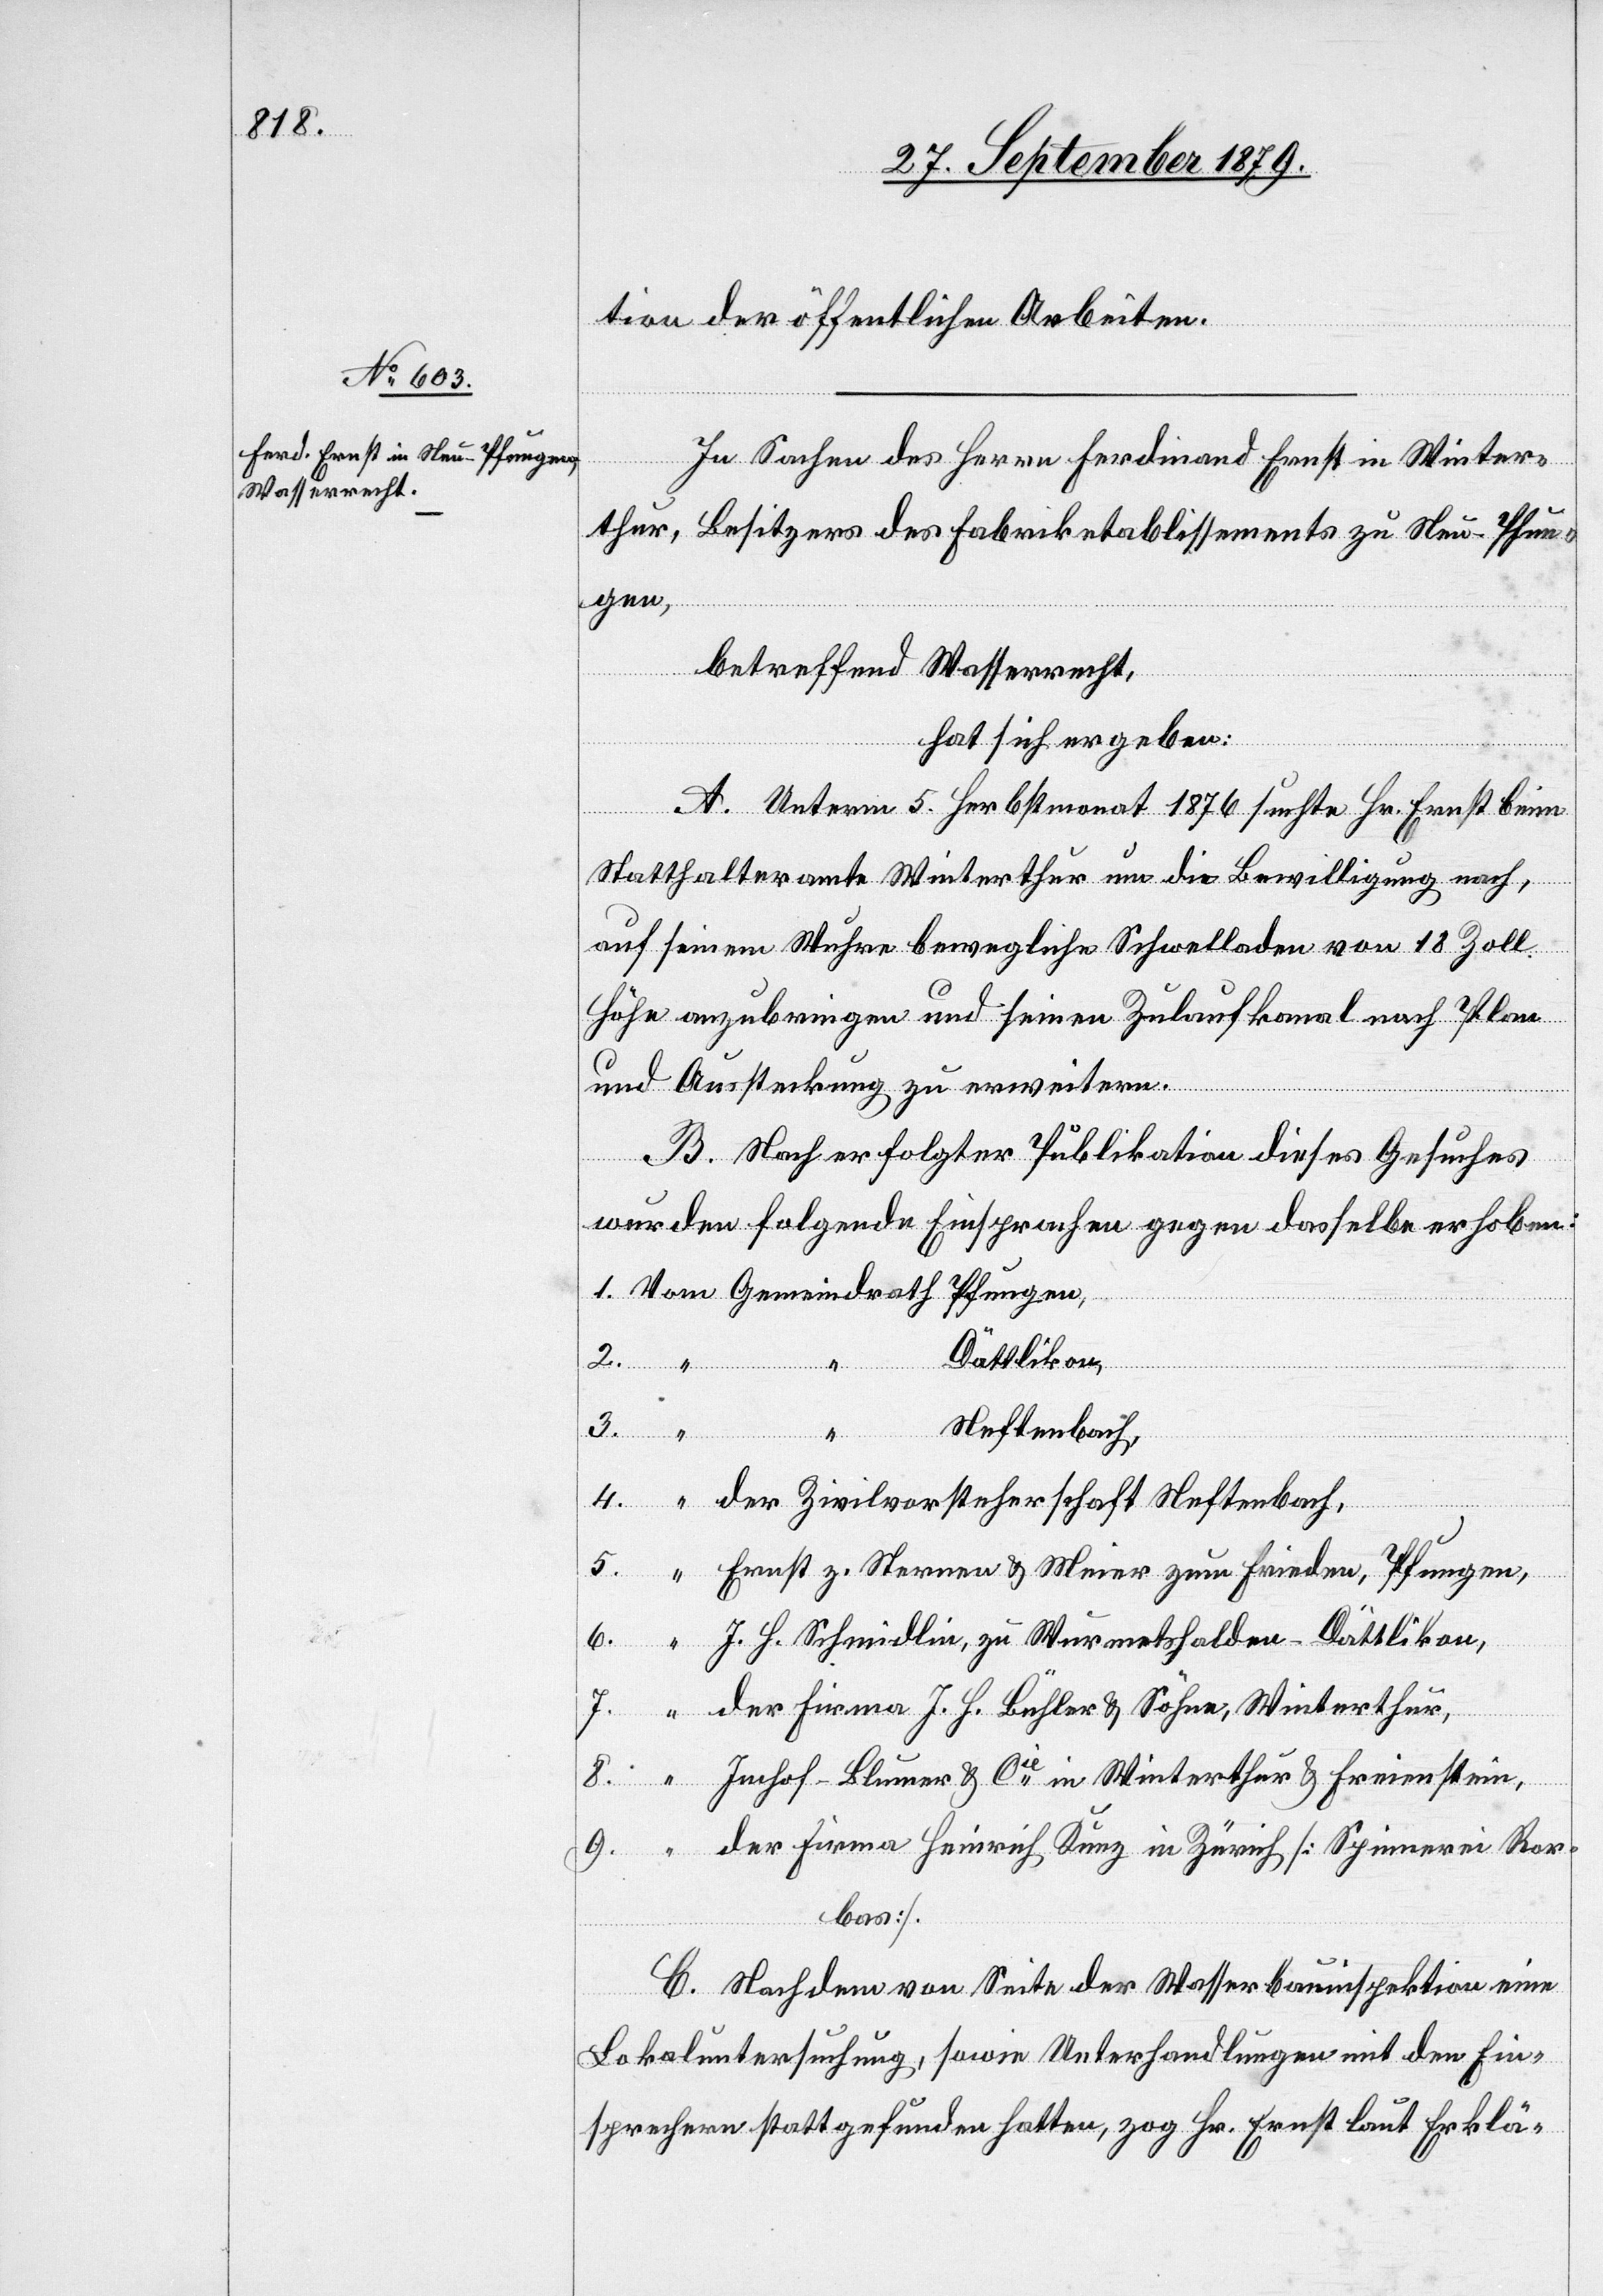
tion der öffentlichen Arbeiten.
In Sachen des Herrn Ferdinand Ernst in Winter¬
thur, Besitzer des Fabriketablissements zu Neu-Pfun¬
gen,
betreffend Wasserrecht,
hat sich ergeben:
A. Unterm 5. Herbstmonat 1876 suchte Hr. Ernst beim
Statthalteramt Winterthur um die Bewilligung nach,
auf seinem Wuhre bewegliche Schwelladen von 18 Zoll
Höhe anzubringen und seinen Zulaufkanal nach Plan
3.
und Aussteckung zu erweitern.
B. Nach erfolgter Publikation dieses Gesuches
wurden folgende Einsprachen gegen dasselbe erhoben:
1. Vom Gemeindrath Pfungen,
Dättlikon,
“ Neftenbach,
4. “ der Zivilvorsteherschaft Neftenbach,
5. “ Ernst z. Sternen & Meier zum Frieden, Pfungen,
6. “ J. H. Schmidlin, zu Wurmetshalden - Dättlikon,
7. “ der Firma J. H. Bühler & Söhne, Winterthur,
8. “ Imhof-Blumer & Cie in Winterthur & Freienstein,
9. “ der Firma Heinrich Kunz in Zürich [Spinnerei Ror¬
bas].
C. Nachdem von Seite der Wasserbauinspektion eine
Lokaluntersuchung, sowie Unterhandlungen mit den Ein¬
sprechern stattgefunden hatten, zog Hr. Ernst laut Erklä-